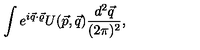
\int e ^ { i \vec { q } \cdot \vec { \varrho } } U ( \vec { p } , \vec { q } ) \frac { d ^ { 2 } \vec { q } } { ( 2 \pi ) ^ { 2 } } ,